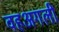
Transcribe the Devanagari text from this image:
वहअगली